Senior Leaving Certificate Examination (including Day School Certificate (Higher) General paper), 1948
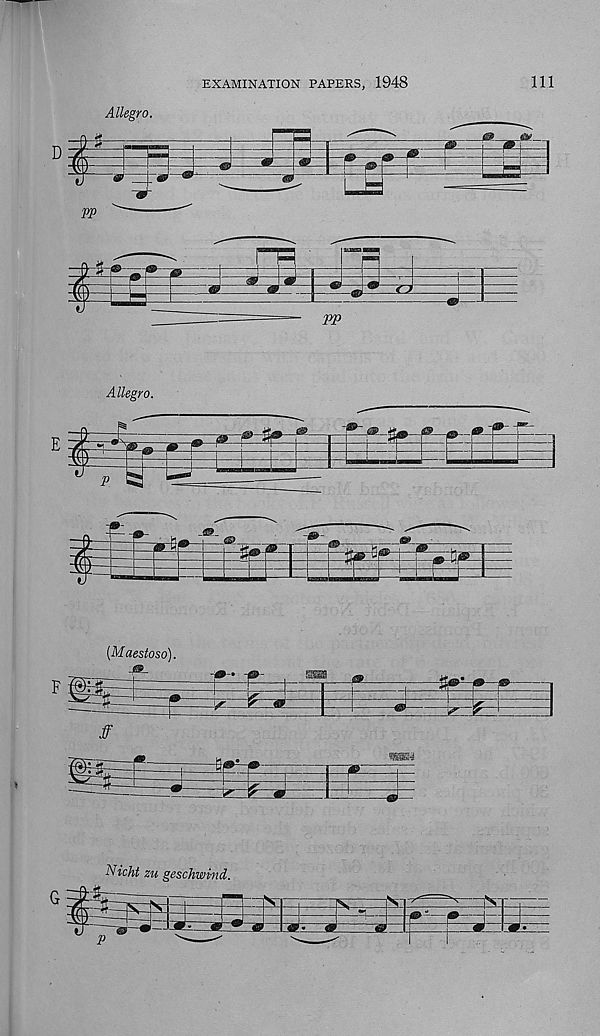
EXAMINATION PAPERS, 1948
111
Allegro.
D
-0
m>
rn.
=~ pp
Allegro.
i
-p-%0-
p
—p—i—
[Maestoso).
f mt
>-• -jg>-
P
..j^g $ ...v
1
J
5^
icAi geschwind
::Se-
1
_p
-.p=j=S=